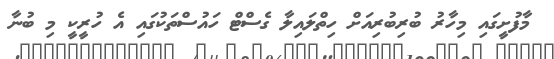
މާފުށީގައި މިހާރު ބުރިބުރިއަށް ހިތްލައިލާ ގެސްޓް ހައުސްތަކުގައި އެ ހުރީކީ މި ބުނާ